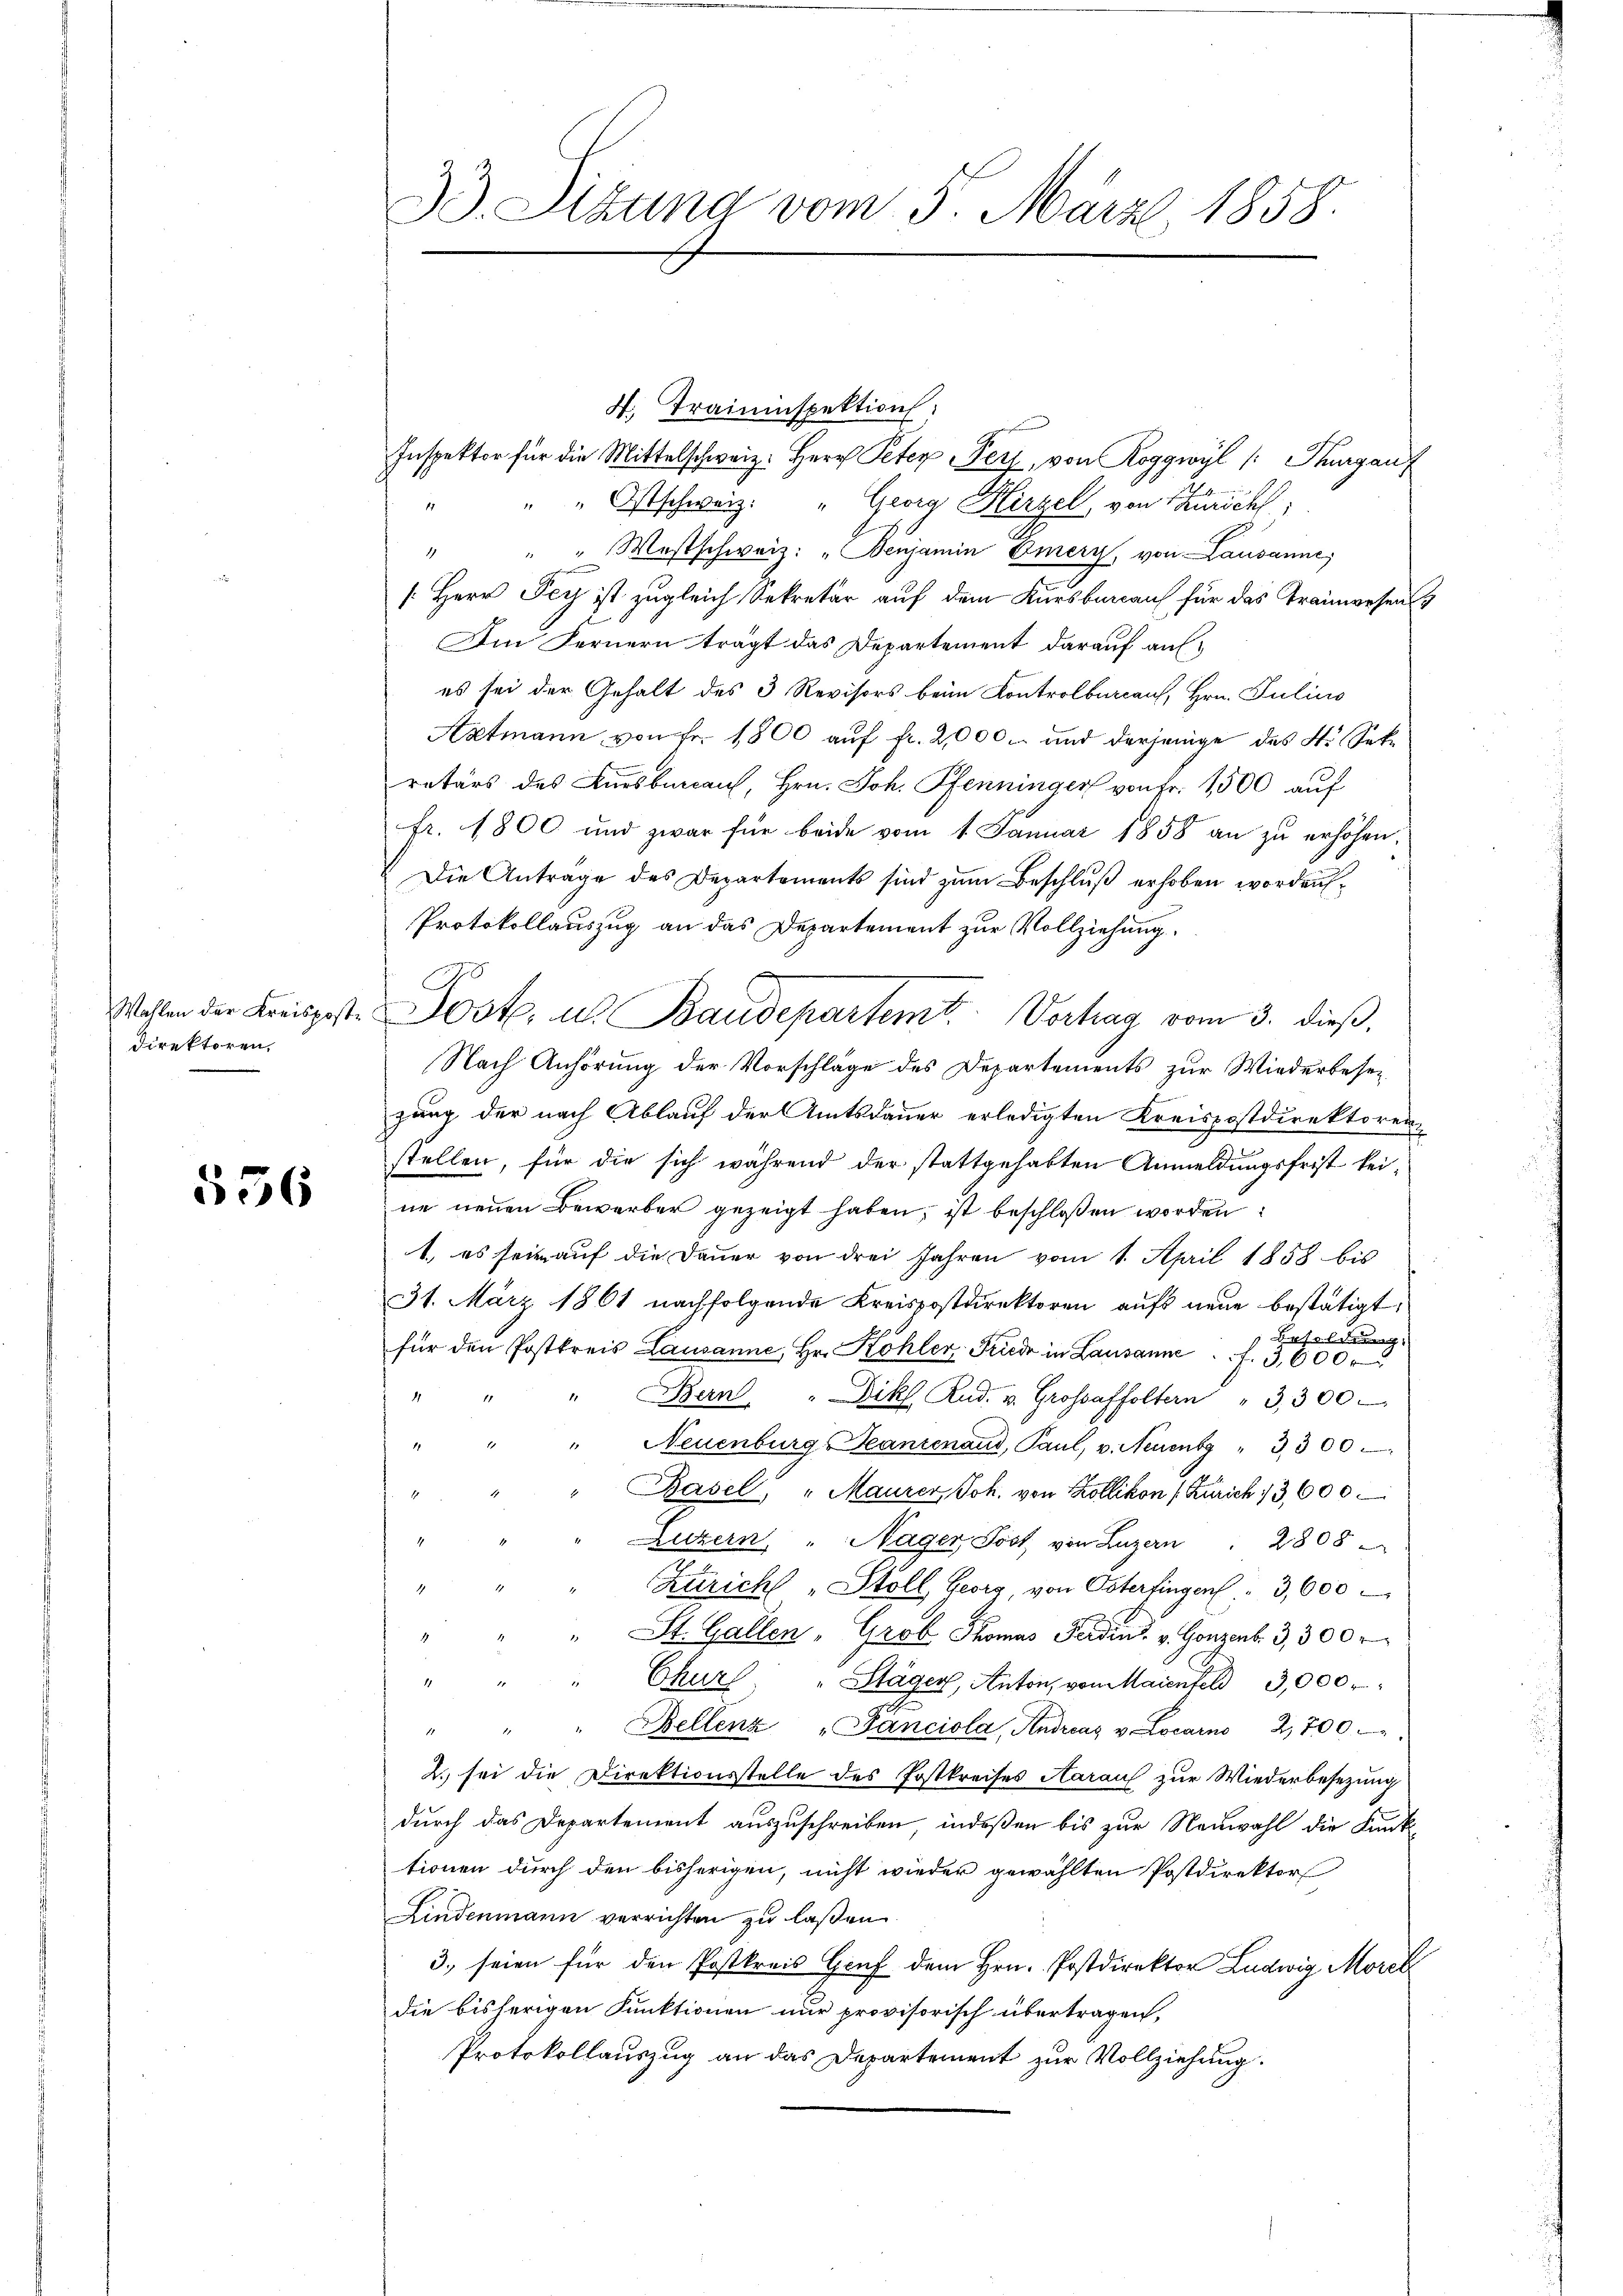
Direktoren,

536

4. Traininspektion:
Inspektor für die Mittelschweiz. Herr Peter Perz, von Roggwyl /: Thurgau
" " " Ostschweiz. " Georg Hirzel, von Zürich,
" " " Westschweiz: "Benjamin Emery, von Lausanne,
[Herr Fey ist zugleich Sekretär auf dem Kursberauf für das Trainwesen¬
Im Fernern trägt das Departement darauf aufes sei der Gehalt des 3 Revisors beim Kontrolbureaus, Hrn. Julius
Aatmann von Fr. 1800 auf fr. 2,000. und derjenige des St. Sekretärs des Kursbureau, Hrn. Joh. Pfenninger von Fr. 1500 auf
fr. 1800 und zwar für beide vom 1. Januar 1858 an zu erhöhen.
Die Anträge des Departements sind zum Beschluß erhoben worden,
Protokollauszug an das Departement zur Vollziehung
.
Nach Anhörung der Vorschläge des Departements zur Wiederbeseizung der nach Ablauf der Amtsdauer erledigten Kreispostdirektorenstellen, für die sich während der stattgehabten Anmeldungsfrist keine neuen Bewerber gezeigt haben, ist beschlossen worden:
1. es sein auf die Dauer von drei Jahren vom 1. April 1858 bis
31. März 1861 nachfolgende Kreispostdirektoren aufs neue bestätigt,
Besoldung:
für den Postkreis Lausanne, Hr. Kohler, Friede in Lausanne f. 3,600.
" " " Bern. " Dikl Rud. v. Grossaffoltern " 3,300
" Neuenburg-Teanzenaud, Paul, v. Neuenbg " 3300
" Basel, " Maurer, Joh. von Zollikon (Zürich 13,600
Luzern, " Nager, Post von Luzern . 2808
" Züricht „Stoll Georg, von Osterfingen 3,600
" St. Gallen, Grob Thomas Forden. v. Gonzert. 3,300 r
" " " Chur "Stäger, Anton, von Maienfeld 3,000
" " " Bellenz "Fanciola, Andreaz v Locarno 2,700
2.) sei die Direktionsstelle des Postkreises Aarauf zur Wiederbesezung
durch das Departement auszuschreiben, indeßen bis zur Neuwahl die Funk-
tionen durch den bisherigen, nicht wieder gewählten Postdirektor
Findenmann verrichten zu laßen.
3. seien für den Postkreis Gruf dem Hrn. Postdirektor Ludwig Morel
die bisherigen Punktionen nur provisorisch übertragen,
Protokollauszug an das Departement zur Vollziehung.

33. Stauna vom 5. März 1858.

Wahlen der Kreisposte Jost, u. Baudepartemt Vortrag vom 3. dieß,